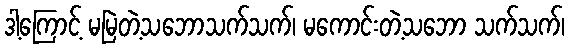
ဒါ့ကြောင့် မမြဲတဲ့သဘောသက်သက်၊ မကောင်းတဲ့သဘော သက်သက်၊